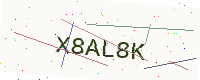
Text: X8AL8K